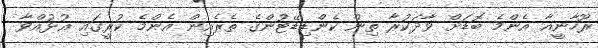
ރޫހާނީއާ އެންމެ ބޮޑަށް ވާދަކުރާ ތިން ކެންޑިޑޭޓުންގެ ތެރެއިން އެންމެ ކުރީގައި އުޅުއްވާ